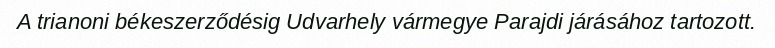
A trianoni békeszerződésig Udvarhely vármegye Parajdi járásához tartozott.